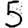
Digit: 5